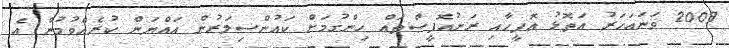
2009 ވަނައަހަރު އަތޮޅު އޮފީހާއި ރަށުއޮފީސްތައް ހިންގުމަށް ކައުންސިލަރުން އައްޔަން ކުރެއްވުމުން އެ